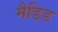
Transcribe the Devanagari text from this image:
मैडिड